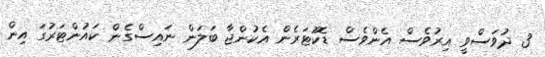
3 ދުވަސްވީ އިރުވެސް އެންވެސް ޑޮކުޓަރެން އެކުންޖާ ބަލަން ނައިސްގެން ކައުންޓަރުގަ އިން